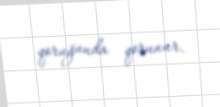
qoruğunda qorunur.